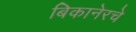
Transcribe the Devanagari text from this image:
बिकानेरचे